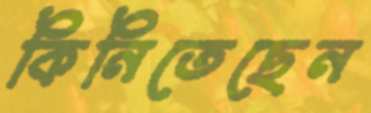
কিনিতেছেন